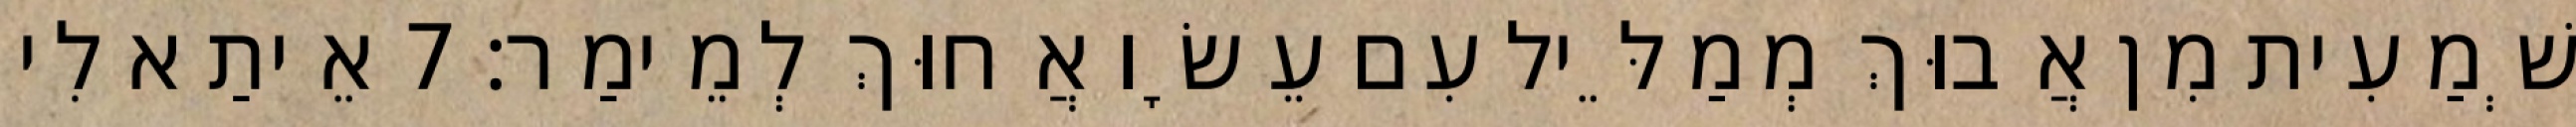
שְׁמַעִית מִן אֲבוּךְ מְמַלֵּיל עִם עֵשָׂו אֲחוּךְ לְמֵימַר׃ 7 אֵיתַא לִי